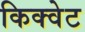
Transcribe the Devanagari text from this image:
किक्वेट